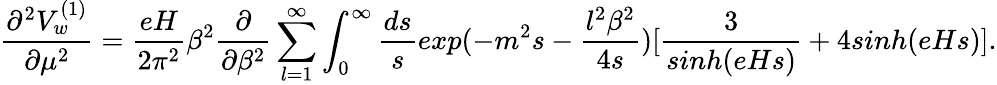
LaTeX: \frac{\partial^{2}V_{w}^{(1)}}{\partial\mu^{2}}=\frac{eH}{2\pi^{2}}\beta^{2}\frac{\partial}{\partial\beta^{2}}\sum_{l=1}^{\infty}\int_{0}^{\infty}\frac{ds}{s}exp(-m^{2}s-\frac{l^{2}\beta^{2}}{4s})[\frac{3}{sinh(eHs)}+4sinh(eHs)].